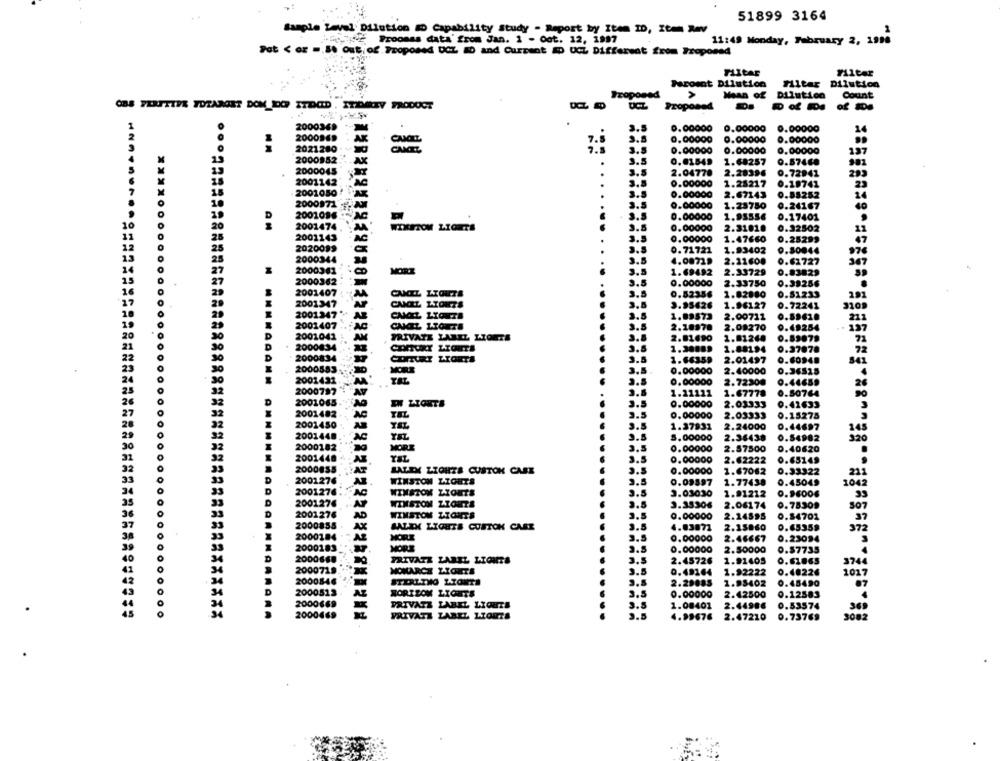
51899 3164
Sample Laval Dilution # Capability Study - Report by Item ID, Itm Rav
-Det Proomas data' from Jan. 1 - Oct. 12, 1997
11:49 Monday, February 2, 1998
Pot < or =. 5 out of Proposed DCL MD and Current ÆD UCL Different from Proposed
Filter
Parosnt Dilution
Filter Dilution
Proposed
>
Mean of Dilution
Count
OBS FERITIYE TOTARGET DOM DO ITDOD . ITEMARTY PRODUCT
DCL
Proposed
1
2000369
2000369
3.5
0.00000
0.00000
0.00000
24
0,00000
2000
7.5
3.8
0.00000
0.00000
2021280
2021280
202
7.5
3.5
0.00000
0.00000
0.00000
137
2000952
2000952
3.5
0.01549
1.68257
0.57460
2000045
2000045
3.5
2.04770
2.28396
0.72941
295
2001142
2001142
0.00000
1.28217
0.19741
2001050
25
2001050!
3.8
0.00000
2.67143
0.55252
24
2000971 AM
2000971
3.5
0.00000
1.25750
0.24167
2001016
2001096
0.00000
1.95556
0.17401
10
2001474
2001474
3.5
0.00000
2.31010
0.32502
3.5
0.00000
1.47660
0.25299
2009
3.5
0.71721
1.93402
0.80044
13
4.00729
2.21600
0.62727
14
2000361
2000361
2000361
MORE
3.5
1.69492
2.33729
0.83829
15
............
2000362 .
2000362
2000362
3.5
0.00000
2.33750
0.39256
16
2001407 :
2001407
2001407
CAMIL LAYOUTS
3.8
0.52356
1.82880
0.51233
27
2001347
2001347
2001347
CANEL LIONZS
3.8
3.95626
1.96127
0.72241
2001347
2001347
10
2001347 *
CANCEL LYONTI
1.09573
2.00711
0.5961.
2001407
2001407
2001407
CANIL LIONTA
2.10870
2.08270
0.49254
21
20
2001041
2001041
2001041
3.8
1.01260
PRIVATE LABEL LIONTS
2.01490
0.89079
D
2000834
2000834
2000834
3.6
1.88194
0.37078
D
2000834
2000834
2000834
3.8
1.64359
2.01497
2000583
2000583
2000583
3.5
0.00000
2.40000
0.36515
2001432
2001432
2001432
AV
AY
TAL
3.5
0.00000
25
2.72300
9.44659
2000797
2000797
2000797
AV
3.6
1.21111
1.67778
0.50764
2001065-
2001065
2001065.
AG
EN LIGHTS
3.5
0.00000
2.03333
0.42633
AG
2001482
2001482
2001482
AG
3.5
2.03333
0.15275
2001450 -
2001450
2001450
3.5
1.37931
2.24000
0.44697
2001448
2001448
2001448
AC
AC
3.5
5.00000
2.36438
0.54982
320
20
2000182
2000182
2000182
MORE
0.00000
2.87500
0.40620
31
2001448 -
2001448
2001448
3.5
0.00000
2.62222
0.65149
22
2000855
2000838
2000858
AT
AT
AT
BALEX LIGHTS CUSTOM CARE
3.5
0.00000
1.67062
0.33322
33
2001276
WINSTON LIGHTS
3.5
0.09897
1.77438
0.45049
104
2001276
AC
WINSTON LYONTS
3.5
3.03030
1.91212
0.96006
D
WINSTON LIGHTS
3.5
2003
3.35306
2.06174
0.75309
So
2001276
AD
WINSTON ZATONTS
3.5
0.00000
2.14895
0.54701
2000855
AX
BALIK LIGHTS CUSTOM CARE
3.5
2.15860
4.03072
0.65359
372
38
2000184
AZ
MORE
3.5
0.00000
2.46667
0.23094
2000183
MORE
0.00000
2.50000
0.57735
2000668
PRIVATE LABEL LIGHTS
2.45726
1.91405
0.61865
MONARCH LIGHTS
3.5
0.49164
1.92222
0.48226
2000846
101
2000846
2000846
3.5
2.29085
1.98402
0.45490
D
2000513 -
2000513
2000513
HORIZON LIGHTS
3.5
0.00000
2.42500
0.12583
PRIVATE LABEL LIGHTS
3.8
1.08401
2.44986
0.53574
45
PRIVATE LABEL LIONS
3.5
4.99676
2.47210
0.73769
3082